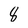
Character: 8